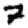
Digit: 7